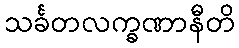
သင်္ခတလက္ခဏာနီတိ